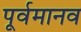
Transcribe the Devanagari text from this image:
पूर्वमानव